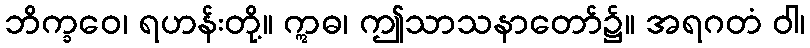
ဘိက္ခဝေ၊ ရဟန်းတို့။ ဣဓ၊ ဤသာသနာတော်၌။ အရဂတံ ဝါ၊